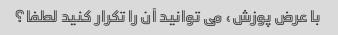
با عرض پوزش، می توانید آن را تکرار کنید لطفا؟